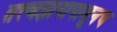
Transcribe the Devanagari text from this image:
तत्त्वज्ञानापासूनच